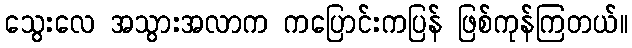
သွေးလေ အသွားအလာက ကပြောင်းကပြန် ဖြစ်ကုန်ကြတယ်။